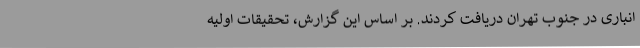
انباری در جنوب تهران دریافت کردند. بر اساس این گزارش، تحقیقات اولیه